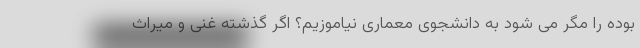
بوده را مگر می شود به دانشجوی معماری نیاموزیم؟ اگر گذشته غنی و میراث